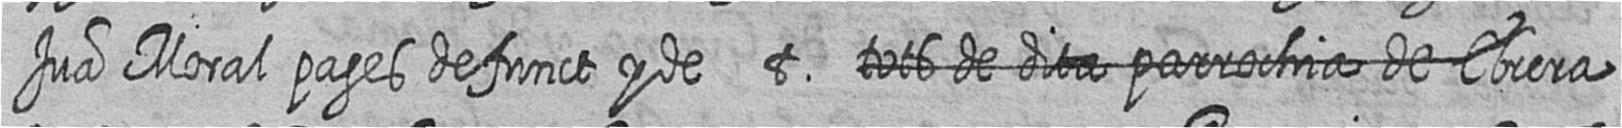
Jua Moral pages defunct y de t # # # # # Ebrera